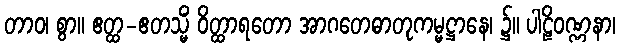
တာဝ၊ စွာ။ ဧတ္ထ-ဧတသ္မိံ ဝိတ္ထာရတော အာဂတေဓာတုကမ္မဋ္ဌာနေ၊ ၌။ ပါဠိဝဏ္ဏနာ၊